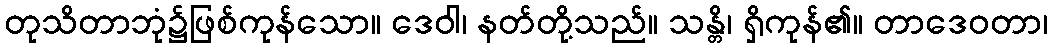
တုသိတာဘုံ၌ဖြစ်ကုန်သော။ ဒေဝါ၊ နတ်တို့သည်။ သန္တိ၊ ရှိကုန်၏။ တာဒေဝတာ၊